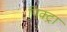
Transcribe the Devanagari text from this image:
पिक्ट्रा